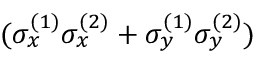
( \sigma _ { x } ^ { ( 1 ) } \sigma _ { x } ^ { ( 2 ) } + \sigma _ { y } ^ { ( 1 ) } \sigma _ { y } ^ { ( 2 ) } )